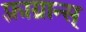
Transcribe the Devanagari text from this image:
फ़्राग्रान्स्